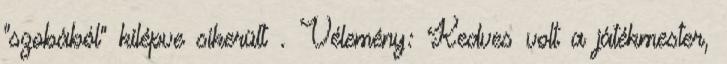
"szobából" kilépve sikerült . Vélemény: Kedves volt a játékmester,